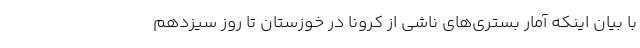
با بیان اینکه آمار بستری‌های ناشی از کرونا در خوزستان تا روز سیزدهم